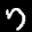
Label: 7